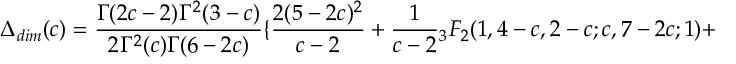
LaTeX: \Delta _ { d i m } ( c ) = \frac { \Gamma ( 2 c - 2 ) \Gamma ^ { 2 } ( 3 - c ) } { 2 \Gamma ^ { 2 } ( c ) \Gamma ( 6 - 2 c ) } \{ \frac { 2 ( 5 - 2 c ) ^ { 2 } } { c - 2 } + \frac { 1 } { c - 2 } { } _ { 3 } F _ { 2 } ( 1 , 4 - c , 2 - c ; c , 7 - 2 c ; 1 ) +